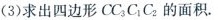
(3)求出四边形CC_{3}C_{1}C_{2}的面积。